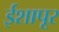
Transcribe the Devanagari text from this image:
ईशापूर